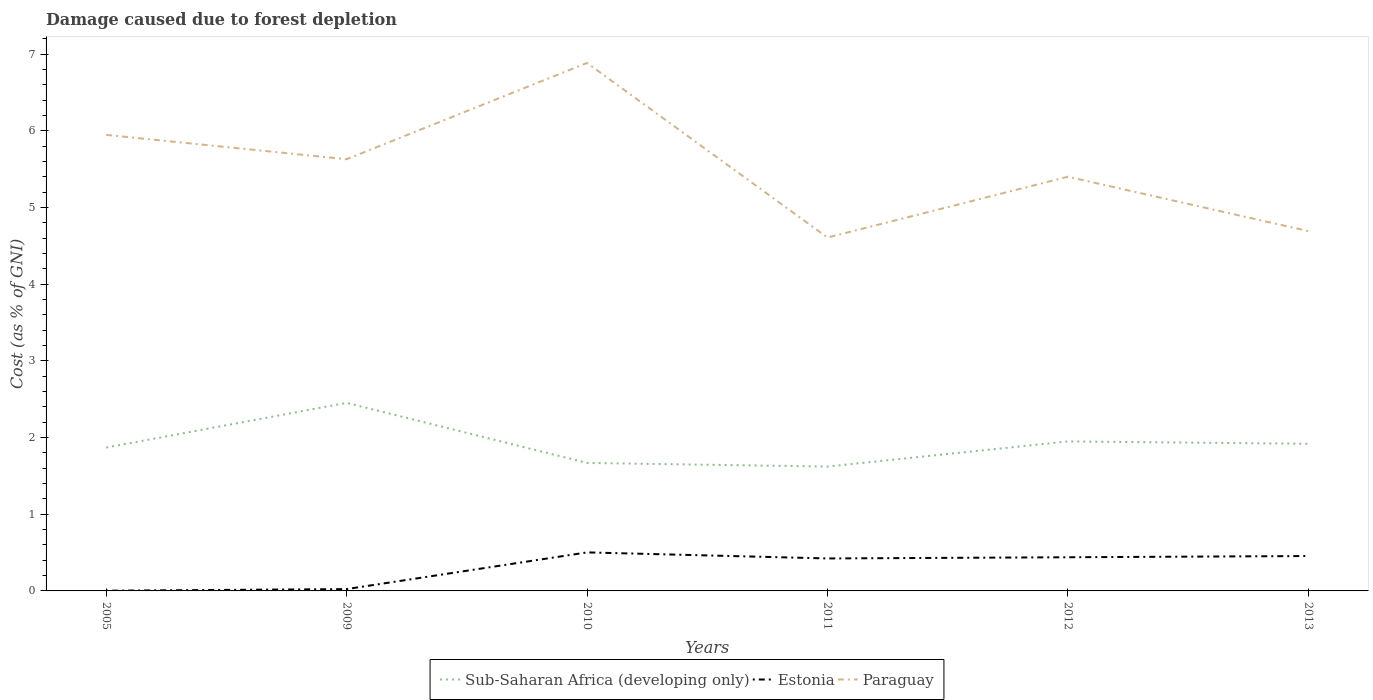
| Years | Sub-Saharan Africa (developing only) | Estonia | Paraguay |
 | --- | --- | --- | --- |
 | 2005 | 1.87 | 0.00297 | 5.95 |
 | 2009 | 2.45 | 0.0239 | 5.63 |
 | 2010 | 1.67 | 0.502 | 6.88 |
 | 2011 | 1.62 | 0.423 | 4.61 |
 | 2012 | 1.95 | 0.439 | 5.4 |
 | 2013 | 1.92 | 0.455 | 4.69 |